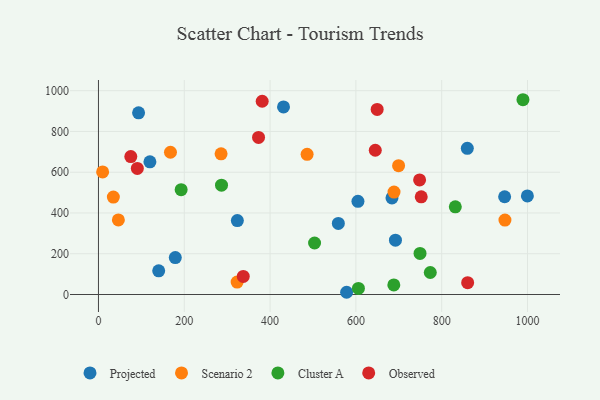
{"axis": {"x": "Ad Spend", "y": "Rating"}, "legend": ["Cluster A", "Observed", "Projected", "Scenario 2"], "data": [{"x": "684.1", "y": 473.8, "type": "Projected"}, {"x": "431.3", "y": 920.2, "type": "Projected"}, {"x": "140.4", "y": 116.2, "type": "Projected"}, {"x": "999.7", "y": 483.5, "type": "Projected"}, {"x": "859.7", "y": 717.0, "type": "Projected"}, {"x": "323.7", "y": 362.9, "type": "Projected"}, {"x": "578.4", "y": 10.9, "type": "Projected"}, {"x": "119.9", "y": 651.2, "type": "Projected"}, {"x": "946.7", "y": 479.6, "type": "Projected"}, {"x": "179.1", "y": 181.2, "type": "Projected"}, {"x": "692.2", "y": 266.4, "type": "Projected"}, {"x": "559.1", "y": 348.8, "type": "Projected"}, {"x": "604.8", "y": 457.4, "type": "Projected"}, {"x": "93.5", "y": 891.6, "type": "Projected"}, {"x": "323.2", "y": 60.8, "type": "Scenario 2"}, {"x": "9.7", "y": 601.3, "type": "Scenario 2"}, {"x": "46.4", "y": 366.1, "type": "Scenario 2"}, {"x": "167.8", "y": 698.0, "type": "Scenario 2"}, {"x": "285.8", "y": 690.1, "type": "Scenario 2"}, {"x": "699.5", "y": 632.1, "type": "Scenario 2"}, {"x": "688.9", "y": 502.6, "type": "Scenario 2"}, {"x": "486.3", "y": 687.9, "type": "Scenario 2"}, {"x": "947.4", "y": 365.3, "type": "Scenario 2"}, {"x": "34.7", "y": 477.8, "type": "Scenario 2"}, {"x": "192.7", "y": 514.5, "type": "Cluster A"}, {"x": "605.9", "y": 29.9, "type": "Cluster A"}, {"x": "503.7", "y": 252.8, "type": "Cluster A"}, {"x": "286.8", "y": 536.5, "type": "Cluster A"}, {"x": "749.5", "y": 201.5, "type": "Cluster A"}, {"x": "989.4", "y": 955.7, "type": "Cluster A"}, {"x": "831.7", "y": 430.3, "type": "Cluster A"}, {"x": "688.4", "y": 47.2, "type": "Cluster A"}, {"x": "773.4", "y": 107.9, "type": "Cluster A"}, {"x": "645.2", "y": 707.8, "type": "Observed"}, {"x": "752.3", "y": 479.3, "type": "Observed"}, {"x": "337.5", "y": 88.7, "type": "Observed"}, {"x": "649.6", "y": 908.3, "type": "Observed"}, {"x": "373.1", "y": 770.8, "type": "Observed"}, {"x": "381.6", "y": 948.1, "type": "Observed"}, {"x": "75.4", "y": 676.7, "type": "Observed"}, {"x": "860.5", "y": 58.1, "type": "Observed"}, {"x": "90.6", "y": 618.8, "type": "Observed"}, {"x": "748.5", "y": 562.1, "type": "Observed"}]}